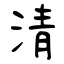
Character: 淸